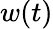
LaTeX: w(t)